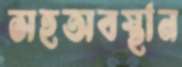
সহঅবস্থান